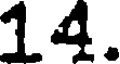
14.